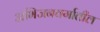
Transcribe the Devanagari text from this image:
अभिजनवर्गातील